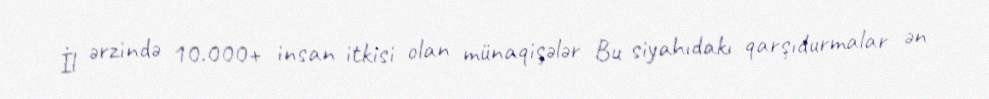
İl ərzində 10.000+ insan itkisi olan münaqişələr Bu siyahıdakı qarşıdurmalar ən